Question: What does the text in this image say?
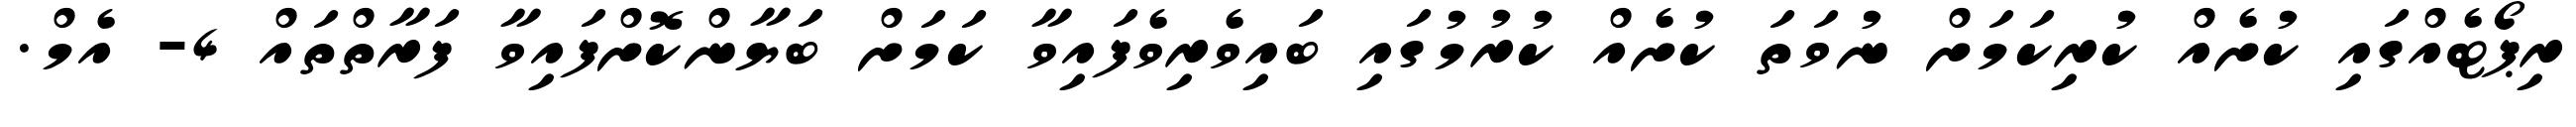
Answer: ރިޕޯޓެއްގައި ކުށެއް ކުރިކަމަށް ނުވަތަ ކުށެއް ކުރުމުގައި ބައިވެރިވެފައިވާ ކަމަށް ބަޔާންކޮށްފައިވާ ފަރާތްތައް 4- އެމް.